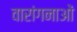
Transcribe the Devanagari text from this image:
वारांगनाओं